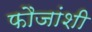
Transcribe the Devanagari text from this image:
फौजांशी